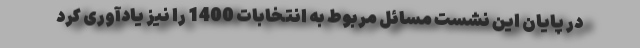
در پایان این نشست مسائل مربوط به انتخابات 1400 را نیز یادآوری کرد